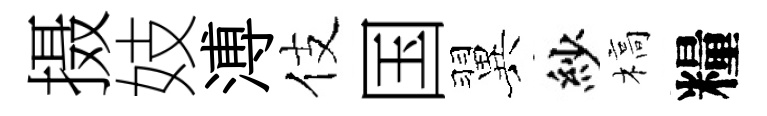
摄妓溥伎国翼紗槁糧